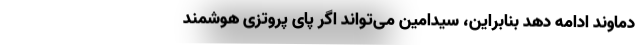
دماوند ادامه دهد بنابراین، سیدامین می‌تواند اگر پای پروتزی هوشمند